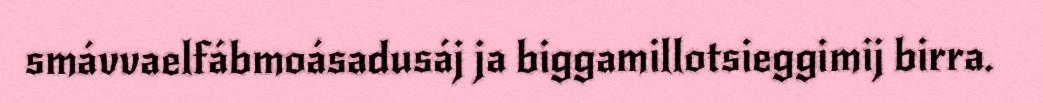
smávvaelfábmoásadusáj ja biggamillotsieggimij birra.